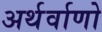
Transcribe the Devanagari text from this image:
अर्थर्वाणो